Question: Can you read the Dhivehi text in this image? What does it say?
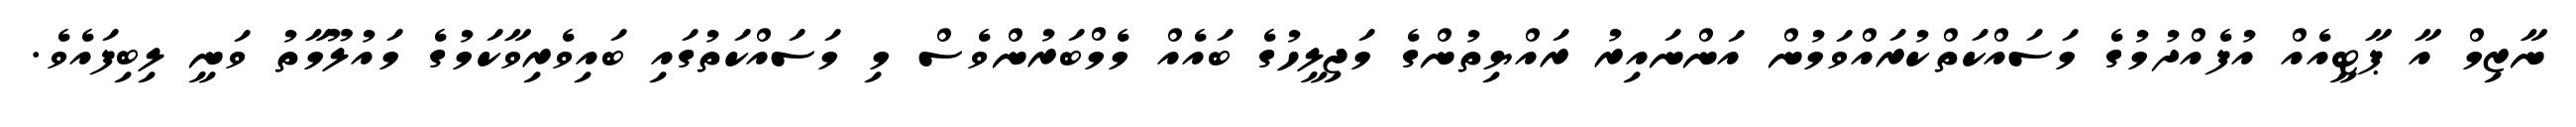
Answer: ނާޒިމް އާ ޕާޓީއެއް އުފެއްދުމުގެ މަސައްކަތްކުރައްވަމުން އަންނައިރު ރައްޔިތުންގެ މަޖިލީހުގެ ބައެއް މެމްބަރުންވެސް މި މަސައްކަތުގައި ބައިވެރިވާކަމުގެ މައުލޫމާތު ވަނީ ލިބިފައެވެ.